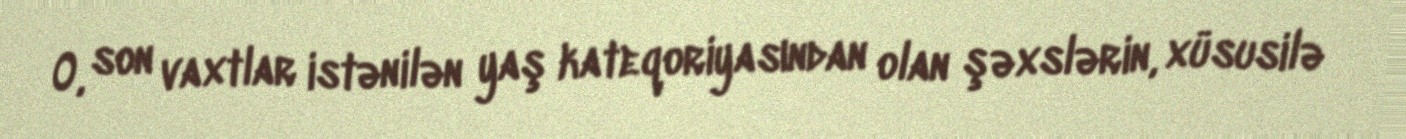
O, son vaxtlar istənilən yaş kateqoriyasından olan şəxslərin, xüsusilə